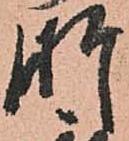
肝